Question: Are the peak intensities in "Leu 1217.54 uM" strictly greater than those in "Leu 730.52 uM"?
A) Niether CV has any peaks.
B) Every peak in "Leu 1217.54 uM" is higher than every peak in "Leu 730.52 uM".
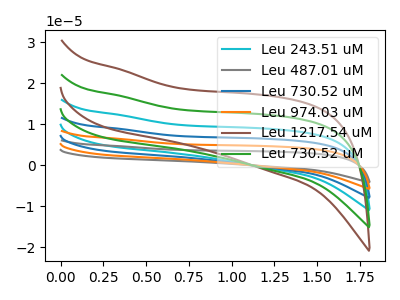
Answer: <think>The cyan curve "Leu 243.51 uM" has no peaks. The gray curve "Leu 487.01 uM" has no peaks. The blue curve "Leu 730.52 uM" has no peaks. The orange curve "Leu 974.03 uM" has no peaks. The brown curve "Leu 1217.54 uM" has no peaks. The green curve "Leu 730.52 uM" has no peaks.</think>
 <answer>A) Niether CV has any peaks.</answer>
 <eval>A</eval>